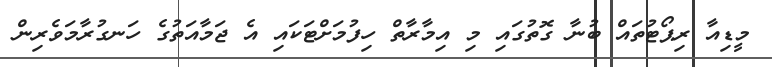
މީޑިއާ ރިޕޯޓުތައް ބުނާ ގޮތުގައި މި އިމާރާތް ހިފުމަށްޓަކައި އެ ޖަމާއަތުގެ ހަނގުރާމަވެރިން